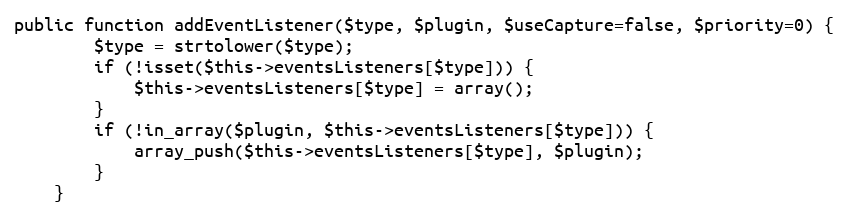
Language: PHP
public function addEventListener($type, $plugin, $useCapture=false, $priority=0) {
		$type = strtolower($type);
		if (!isset($this->eventsListeners[$type])) {
			$this->eventsListeners[$type] = array();
		}
		if (!in_array($plugin, $this->eventsListeners[$type])) {
			array_push($this->eventsListeners[$type], $plugin);
		}
	}